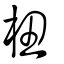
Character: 杻